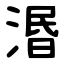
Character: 湣